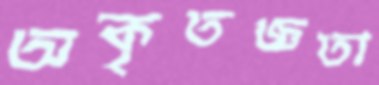
অকৃতজ্ঞতা